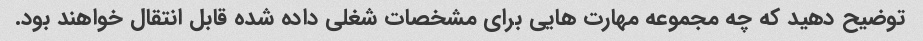
توضیح دهید که چه مجموعه مهارت هایی برای مشخصات شغلی داده شده قابل انتقال خواهند بود.